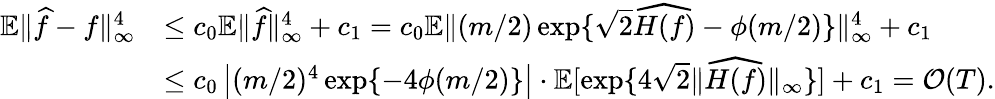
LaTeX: \begin{array}{rl}{\mathbb{E}\| \widehat{f}-f\| _{\infty}^{4}}&{\leq c_{0}\mathbb{E}\| \widehat{f}\| _{\infty}^{4}+c_{1}=c_{0}\mathbb{E}\| (m/2)\exp\{ \sqrt{2}\widehat{H(f)}-\phi(m/2)\} \| _{\infty}^{4}+c_{1}}\\ &{\leq c_{0}\left|(m/2)^{4}\exp\{ -4\phi(m/2)\} \right|\cdot\mathbb{E}[\exp\{ 4\sqrt{2}\| \widehat{H(f)}\| _{\infty}\} ]+c_{1}=\mathcal{O}(T).}\end{array}